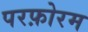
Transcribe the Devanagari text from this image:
परफ़ोरम